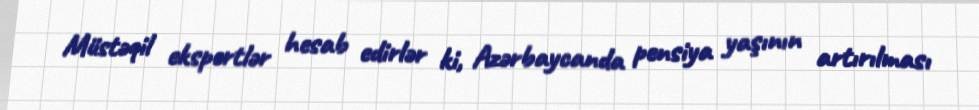
Müstəqil ekspertlər hesab edirlər ki, Azərbaycanda pensiya yaşının artırılması